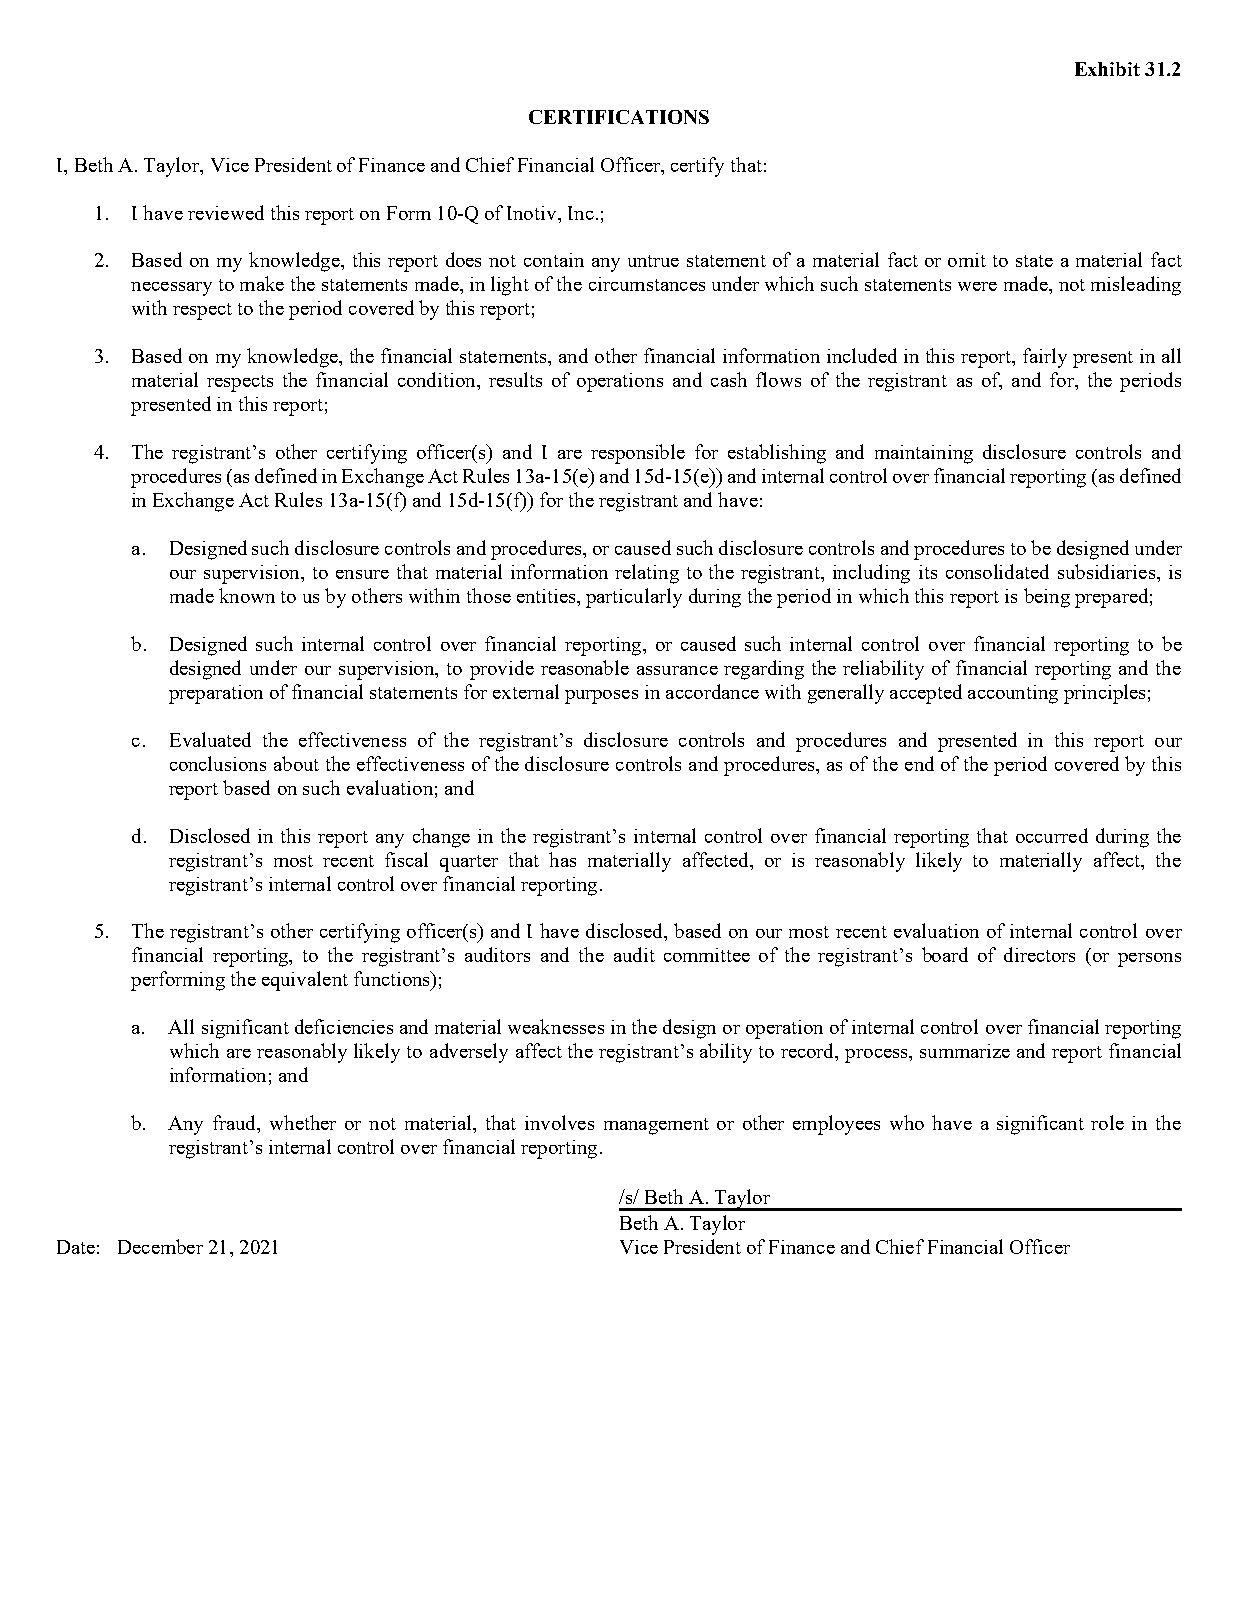
Exhibit 31.2
 CERTIFICATIONS
 I, Beth A. Taylor, Vice President of Finance and Chief Financial Officer, certify that:
 1. I have reviewed this report on Form 10-Q of Inotiv, Inc.;
 2. Based on my knowledge, this report does not contain any untrue statement of a material fact or omit to state a material fact
 necessary to make the statements made, in light of the circumstances under which such statements were made, not misleading
 with respect to the period covered by this report;
 3. Based on my knowledge, the financial statements, and other financial information included in this report, fairly present in all
 material respects the financial condition, results of operations and cash flows of the registrant as of, and for, the periods
 presented in this report;
 4. The registrant’s other certifying officer(s) and I are responsible for establishing and maintaining disclosure controls and
 procedures (as defined in Exchange Act Rules 13a-15(e) and 15d-15(e)) and internal control over financial reporting (as defined
 in Exchange Act Rules 13a-15(f) and 15d-15(f)) for the registrant and have:
 a. Designed such disclosure controls and procedures, or caused such disclosure controls and procedures to be designed under
 our supervision, to ensure that material information relating to the registrant, including its consolidated subsidiaries, is
 made known to us by others within those entities, particularly during the period in which this report is being prepared;
 b. Designed such internal control over financial reporting, or caused such internal control over financial reporting to be
 designed under our supervision, to provide reasonable assurance regarding the reliability of financial reporting and the
 preparation of financial statements for external purposes in accordance with generally accepted accounting principles;
 c. Evaluated the effectiveness of the registrant’s disclosure controls and procedures and presented in this report our
 conclusions about the effectiveness of the disclosure controls and procedures, as of the end of the period covered by this
 report based on such evaluation; and
 d. Disclosed in this report any change in the registrant’s internal control over financial reporting that occurred during the
 registrant’s most recent fiscal quarter that has materially affected, or is reasonably likely to materially affect, the
 registrant’s internal control over financial reporting.
 5. The registrant’s other certifying officer(s) and I have disclosed, based on our most recent evaluation of internal control over
 financial reporting, to the registrant’s auditors and the audit committee of the registrant’s board of directors (or persons
 performing the equivalent functions);
 a. All significant deficiencies and material weaknesses in the design or operation of internal control over financial reporting
 which are reasonably likely to adversely affect the registrant’s ability to record, process, summarize and report financial
 information; and
 b. Any fraud, whether or not material, that involves management or other employees who have a significant role in the
 registrant’s internal control over financial reporting.
 /s/ Beth A. Taylor
 Beth A. Taylor
 Date: December 21, 2021              Vice President of Finance and Chief Financial Officer